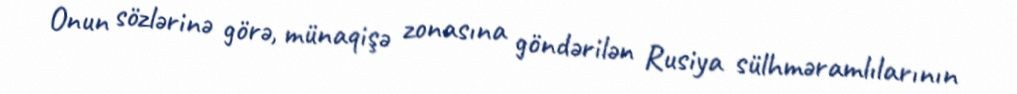
Onun sözlərinə görə, münaqişə zonasına göndərilən Rusiya sülhməramlılarının